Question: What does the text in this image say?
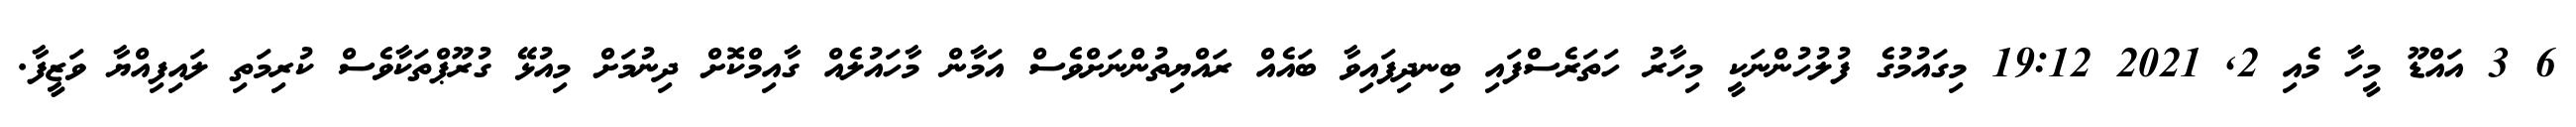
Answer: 6 3 އައްޑޫ މީހާ މެއި 2, 2021 19:12 މިގައުމުގެ ފުލުހުންނަކީ މިހާރު ހަތަރެސްފައި ބިނދިފައިވާ ބައެއް ރައްޔިތުންނަށްވެސް އަމާން މާހައުލެއް ގާއިމްކޮށް ދިނުމަށް މިއުޅޭ ގުރޫޕްތަކާވެސް ކުރިމަތި ލައިފިއްޔާ ވަޒީފާ.